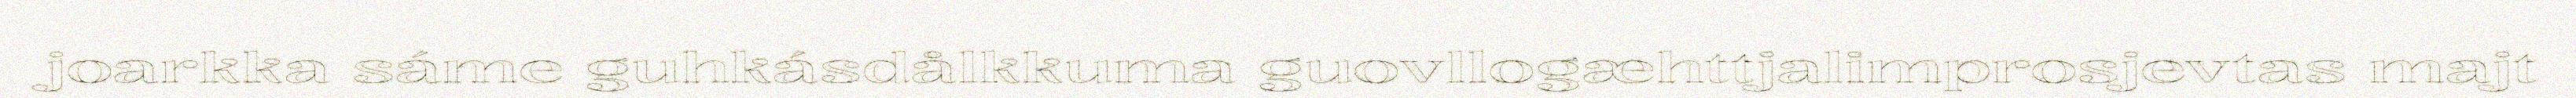
joarkka sáme guhkásdålkkuma guovllogæhttjalimprosjevtas majt